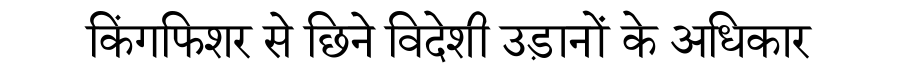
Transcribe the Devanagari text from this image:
किंगफिशर से छिने विदेशी उड़ानों के अधिकार